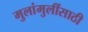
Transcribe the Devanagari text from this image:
मुलांमुलींसाठी